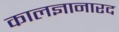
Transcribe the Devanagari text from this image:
कालज्ञानारद